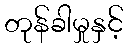
တုန်ခါမှုနှင့်